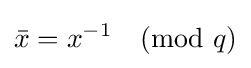
{\bar {x}}=x^{-1}{\pmod {q}}